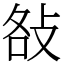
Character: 𢼛